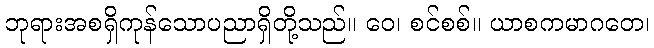
ဘုရားအစရှိကုန်သောပညာရှိတို့သည်။ ဝေ၊ စင်စစ်။ ယာစကမာဂတေ၊